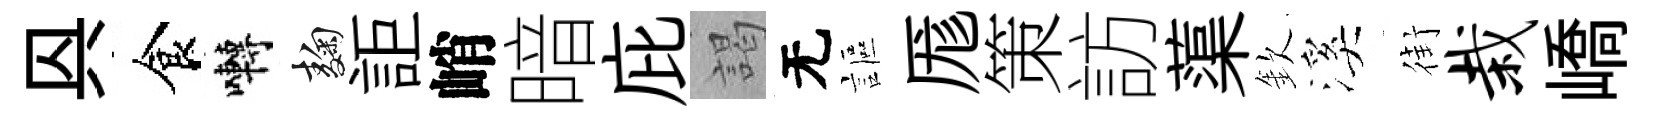
㒷食囀麹詎峭暗庇謁无謳厖策訪蕖欽溪街栽嶠